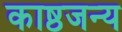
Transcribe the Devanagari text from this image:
काष्ठजन्य